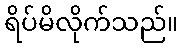
ရိပ်မိလိုက်သည်။